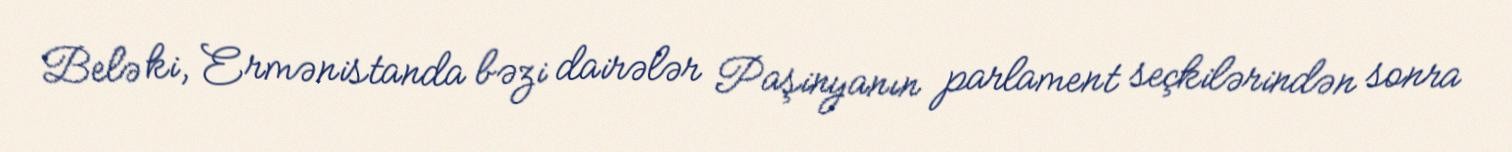
Belə ki, Ermənistanda bəzi dairələr Paşinyanın parlament seçkilərindən sonra